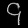
Digit: ၄